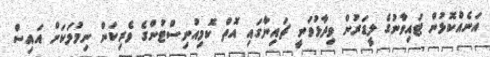
އަނެއްކޮޅުން ޓައިވާނުގެ ލީޑަރުން ވިދާޅުވަނީ ޗައިނާގައި އޮތް ކޮމިއުނިސްޓުންގެ ވެރިކަން ނިމުމަކަށް އައިސް